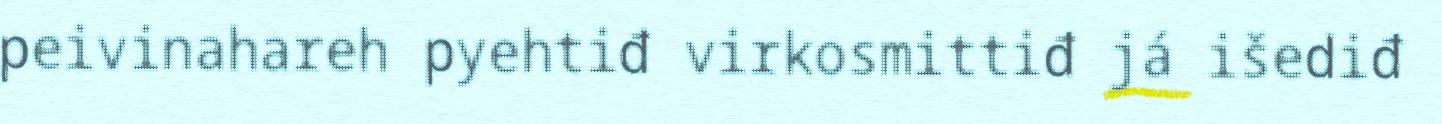
peivinahareh pyehtiđ virkosmittiđ já išediđ